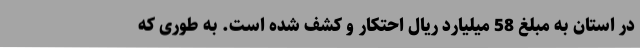
در استان به مبلغ 58 میلیارد ریال احتکار و کشف شده است. به طوری که